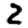
Digit: 2